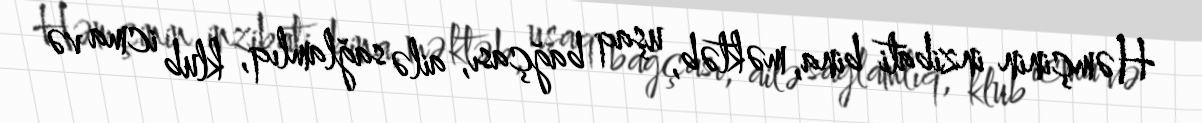
Həmçinin inzibati bina, məktəb, uşaq bağçası, ailə sağlamlıq, klub icma və